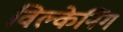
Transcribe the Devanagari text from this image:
विल्केनिंग